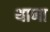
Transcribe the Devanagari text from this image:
थाणा